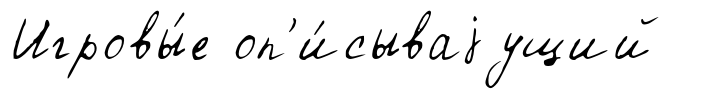
Игровы́е оп'и́сываjущий